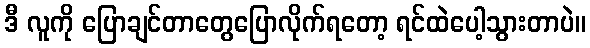
ဒီ လူကို ပြောချင်တာတွေပြောလိုက်ရတော့ ရင်ထဲပေါ့သွားတာပဲ။